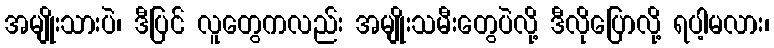
အမျိုးသားပဲ၊ ဒီပြင် လူတွေကလည်း အမျိုးသမီးတွေပဲလို့ ဒီလိုပြောလို့ ရပါ့မလား၊